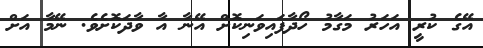
އޭގެ ކުރީ އަހަރު މަގާމު ހޯދާފައިވަނިކޮށް އޭނާ އާ ވާދަކޮށެވެ. ނޭމާ އަށް